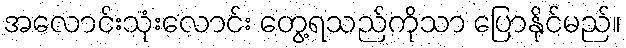
အလောင်းသုံးလောင်း တွေ့ရသည်ကိုသာ ပြောနိုင်မည်။